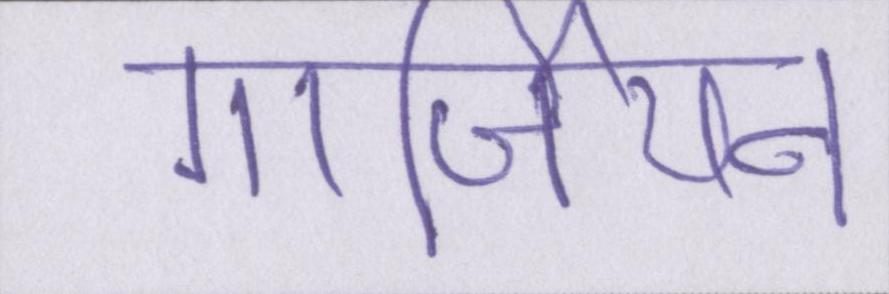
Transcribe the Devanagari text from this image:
गार्जियन